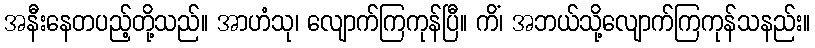
အနီးနေတပည့်တို့သည်။ အာဟံသု၊ လျောက်ကြကုန်ပြီ။ ကိံ၊ အဘယ်သို့လျောက်ကြကုန်သနည်း။